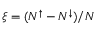
\xi = ( N ^ { \uparrow } - N ^ { \downarrow } ) / N